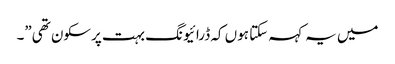
میں یہ کہہ سکتا ہوں کہ ڈرائیونگ بہت پرسکون تھی”۔